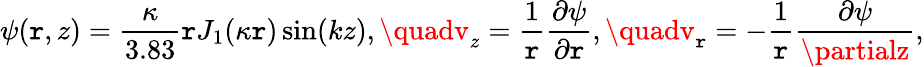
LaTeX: \psi(\mathtt{r},z)=\frac{{\kappa}}{{3.83}}\mathtt{r}J_{1}(\kappa\mathtt{r})\sin(kz),\quadv_{z}=\frac{{1}}{{\mathtt{r}}}\frac{{\partial\psi}}{{\partial\mathtt{r}}},\quadv_{\mathtt{r}}=-\frac{{1}}{{\mathtt{r}}}\frac{{\partial\psi}}{{\partialz}},